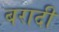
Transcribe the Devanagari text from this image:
बरादी